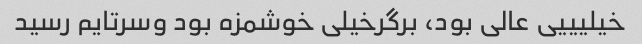
خیلیییی عالی بود، برگرخیلی خوشمزه بود وسرتایم رسید